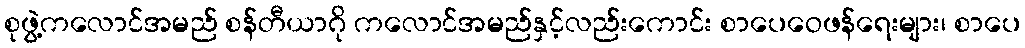
စုဖွဲ့ကလောင်အမည် စန်တီယာဂို ကလောင်အမည်နှင့်လည်းကောင်း စာပေဝေဖန်ရေးများ၊ စာပေ